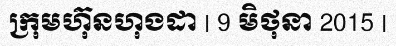
ក្រុមហ៊ុនហុងដា | 9 មិថុនា 2015 |